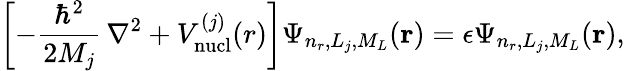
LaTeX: \left[-\frac{\hbar^{2}}{2M_{j}}\, \nabla^{2}+V_{\mathrm{nucl}}^{(j)}(r)\right]\Psi_{n_{r},L_{j},M_{L}}(\mathbf{r})=\epsilon\Psi_{n_{r},L_{j},M_{L}}(\mathbf{r}),